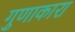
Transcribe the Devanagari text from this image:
गुणाकारा